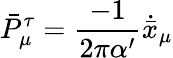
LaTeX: \bar{P}_{\mu}^{\tau}=\frac{-1}{2\pi\alpha^{\prime}}\dot{\bar{x}}_{\mu}